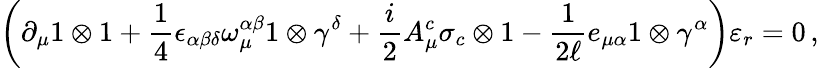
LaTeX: \left(\partial_{\mu}1\otimes 1+\frac{1}{4}\epsilon_{\alpha\beta\delta}\omega_{\mu}^{\alpha\beta}1\otimes\gamma^{\delta}+\frac{i}{2}A_{\mu}^{c}\sigma_{c}\otimes 1-\frac{1}{2\ell}e_{\mu\alpha}1\otimes\gamma^{\alpha}\right)\varepsilon_{r}=0\, ,